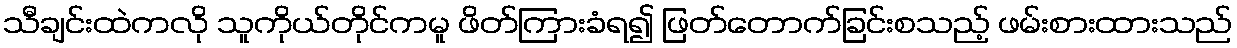
သီချင်းထဲကလို သူကိုယ်တိုင်ကမူ ဖိတ်ကြားခံရ၍ ဖြတ်တောက်ခြင်းစသည့် ဖမ်းစားထားသည်